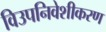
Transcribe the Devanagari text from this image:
विउपनिवेशीकरण